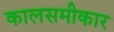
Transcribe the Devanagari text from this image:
कालसमीकार